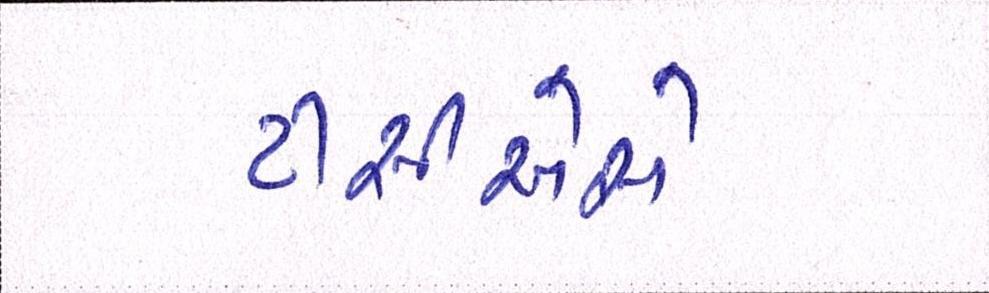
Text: ટીસીએસે